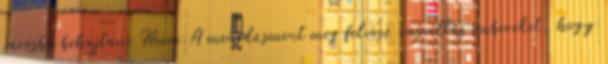
városba behajtani Hmm.A menedzsment meg felvesz vasvillás embereket, hogy